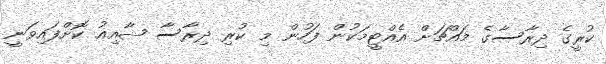
ކުރީގެ ދިރާސާގެ މައްޗަށް އެއްޓީމަކުން ފަހުން މި ކުރި ދިރާސާ ޝާއިއު ކޮށްފައިވަނީ